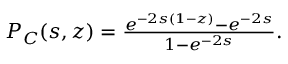
\begin{array} { r } { { \cal P } _ { C } ( s , z ) = \frac { e ^ { - 2 s ( 1 - z ) } - e ^ { - 2 s } } { 1 - e ^ { - 2 s } } . } \end{array}